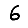
Digit: 6